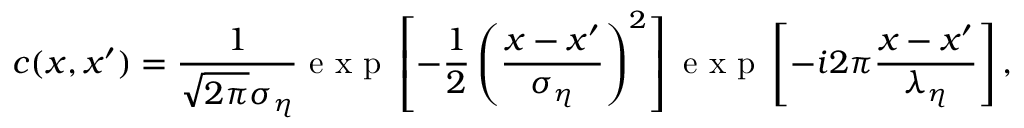
c ( x , x ^ { \prime } ) = \frac { 1 } { \sqrt { 2 \pi } \sigma _ { \eta } } \mathrm { ~ e ~ x ~ p ~ } \left[ - \frac { 1 } { 2 } \left( \frac { x - x ^ { \prime } } { \sigma _ { \eta } } \right) ^ { 2 } \right] \mathrm { ~ e ~ x ~ p ~ } \left[ - i 2 \pi \frac { x - x ^ { \prime } } { \lambda _ { \eta } } \right] ,